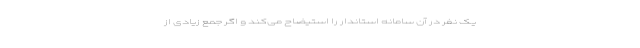
یک نفر در آن سامانه استاندار را استیضاح می‌کند و اگر جمع زیادی از